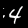
Label: 4